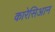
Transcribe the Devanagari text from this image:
कारेसिआन